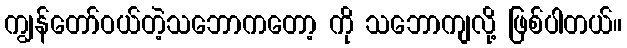
ကျွန်တော်ဝယ်တဲ့သဘောကတော့ ကို သဘောကျလို့ ဖြစ်ပါတယ်။